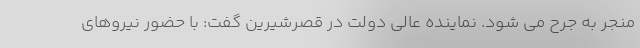
منجر به جرح می شود. نماینده عالی دولت در قصرشیرین گفت: با حضور نیروهای